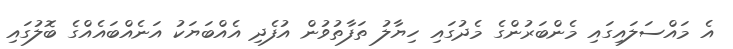
އެ މައްސަލައިގައި މެންބަރުންގެ މެދުގައި ހިޔާލު ތަފާތުވުން އުފެދި އެއްބަޔަކު އަނެއްބައެއްގެ ބޮލުގައި